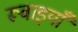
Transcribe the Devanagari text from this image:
रूबाइयाँ